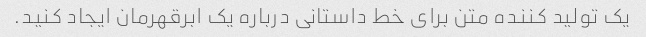
یک تولید کننده متن برای خط داستانی درباره یک ابرقهرمان ایجاد کنید.